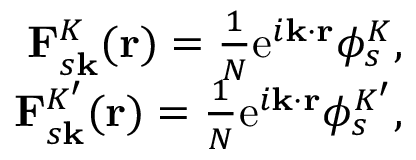
\begin{array} { r } { \mathbf { F } _ { s \mathbf { k } } ^ { K } ( \mathbf { r } ) = \frac { 1 } { N } \mathrm { e } ^ { i \mathbf { k } \cdot \mathbf { r } } \phi _ { s } ^ { K } , } \\ { \mathbf { F } _ { s \mathbf { k } } ^ { K ^ { \prime } } ( \mathbf { r } ) = \frac { 1 } { N } \mathrm { e } ^ { i \mathbf { k } \cdot \mathbf { r } } \phi _ { s } ^ { K ^ { \prime } } , } \end{array}